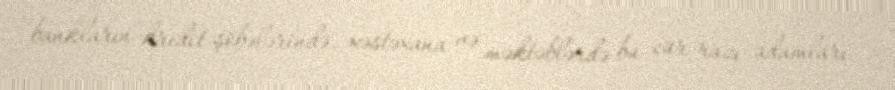
bankların kredit şöbələrində, xəstəxana və məktəblərdə bu cür razı adamları